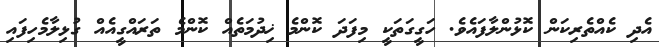
އެދި ކެއްތެރިކަން ކޮޅުންލާފައެވެ. ހަގީގަތަކީ މިފަދަ ކޮންމެ ޚިދުމަތެއް ކޮންމެ ތަރައްގީއެއް ގުޅިލާމެހިފައި